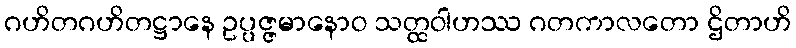
ဂဟိတဂဟိတဋ္ဌာနေ ဥပ္ပဇ္ဇမာနောဝ သတ္ထဝါဟဿ ဂတကာလတော ဌိတာဟိ